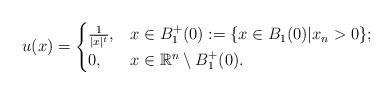
LaTeX: \begin{align*}u(x)=\begin{cases}\frac{1}{|x|^t},& x\in B^+_1(0):=\{x\in B_1(0)\rvert x_n>0\};\\0, & x\in \mathbb{R}^n\setminus B^+_1(0).\end{cases}\end{align*}